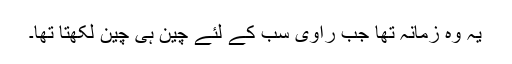
یہ وہ زمانہ تھا جب راوی سب کے لئے چین ہی چین لکھتا تھا۔